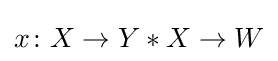
x\colon X\rightarrow Y*X\rightarrow W